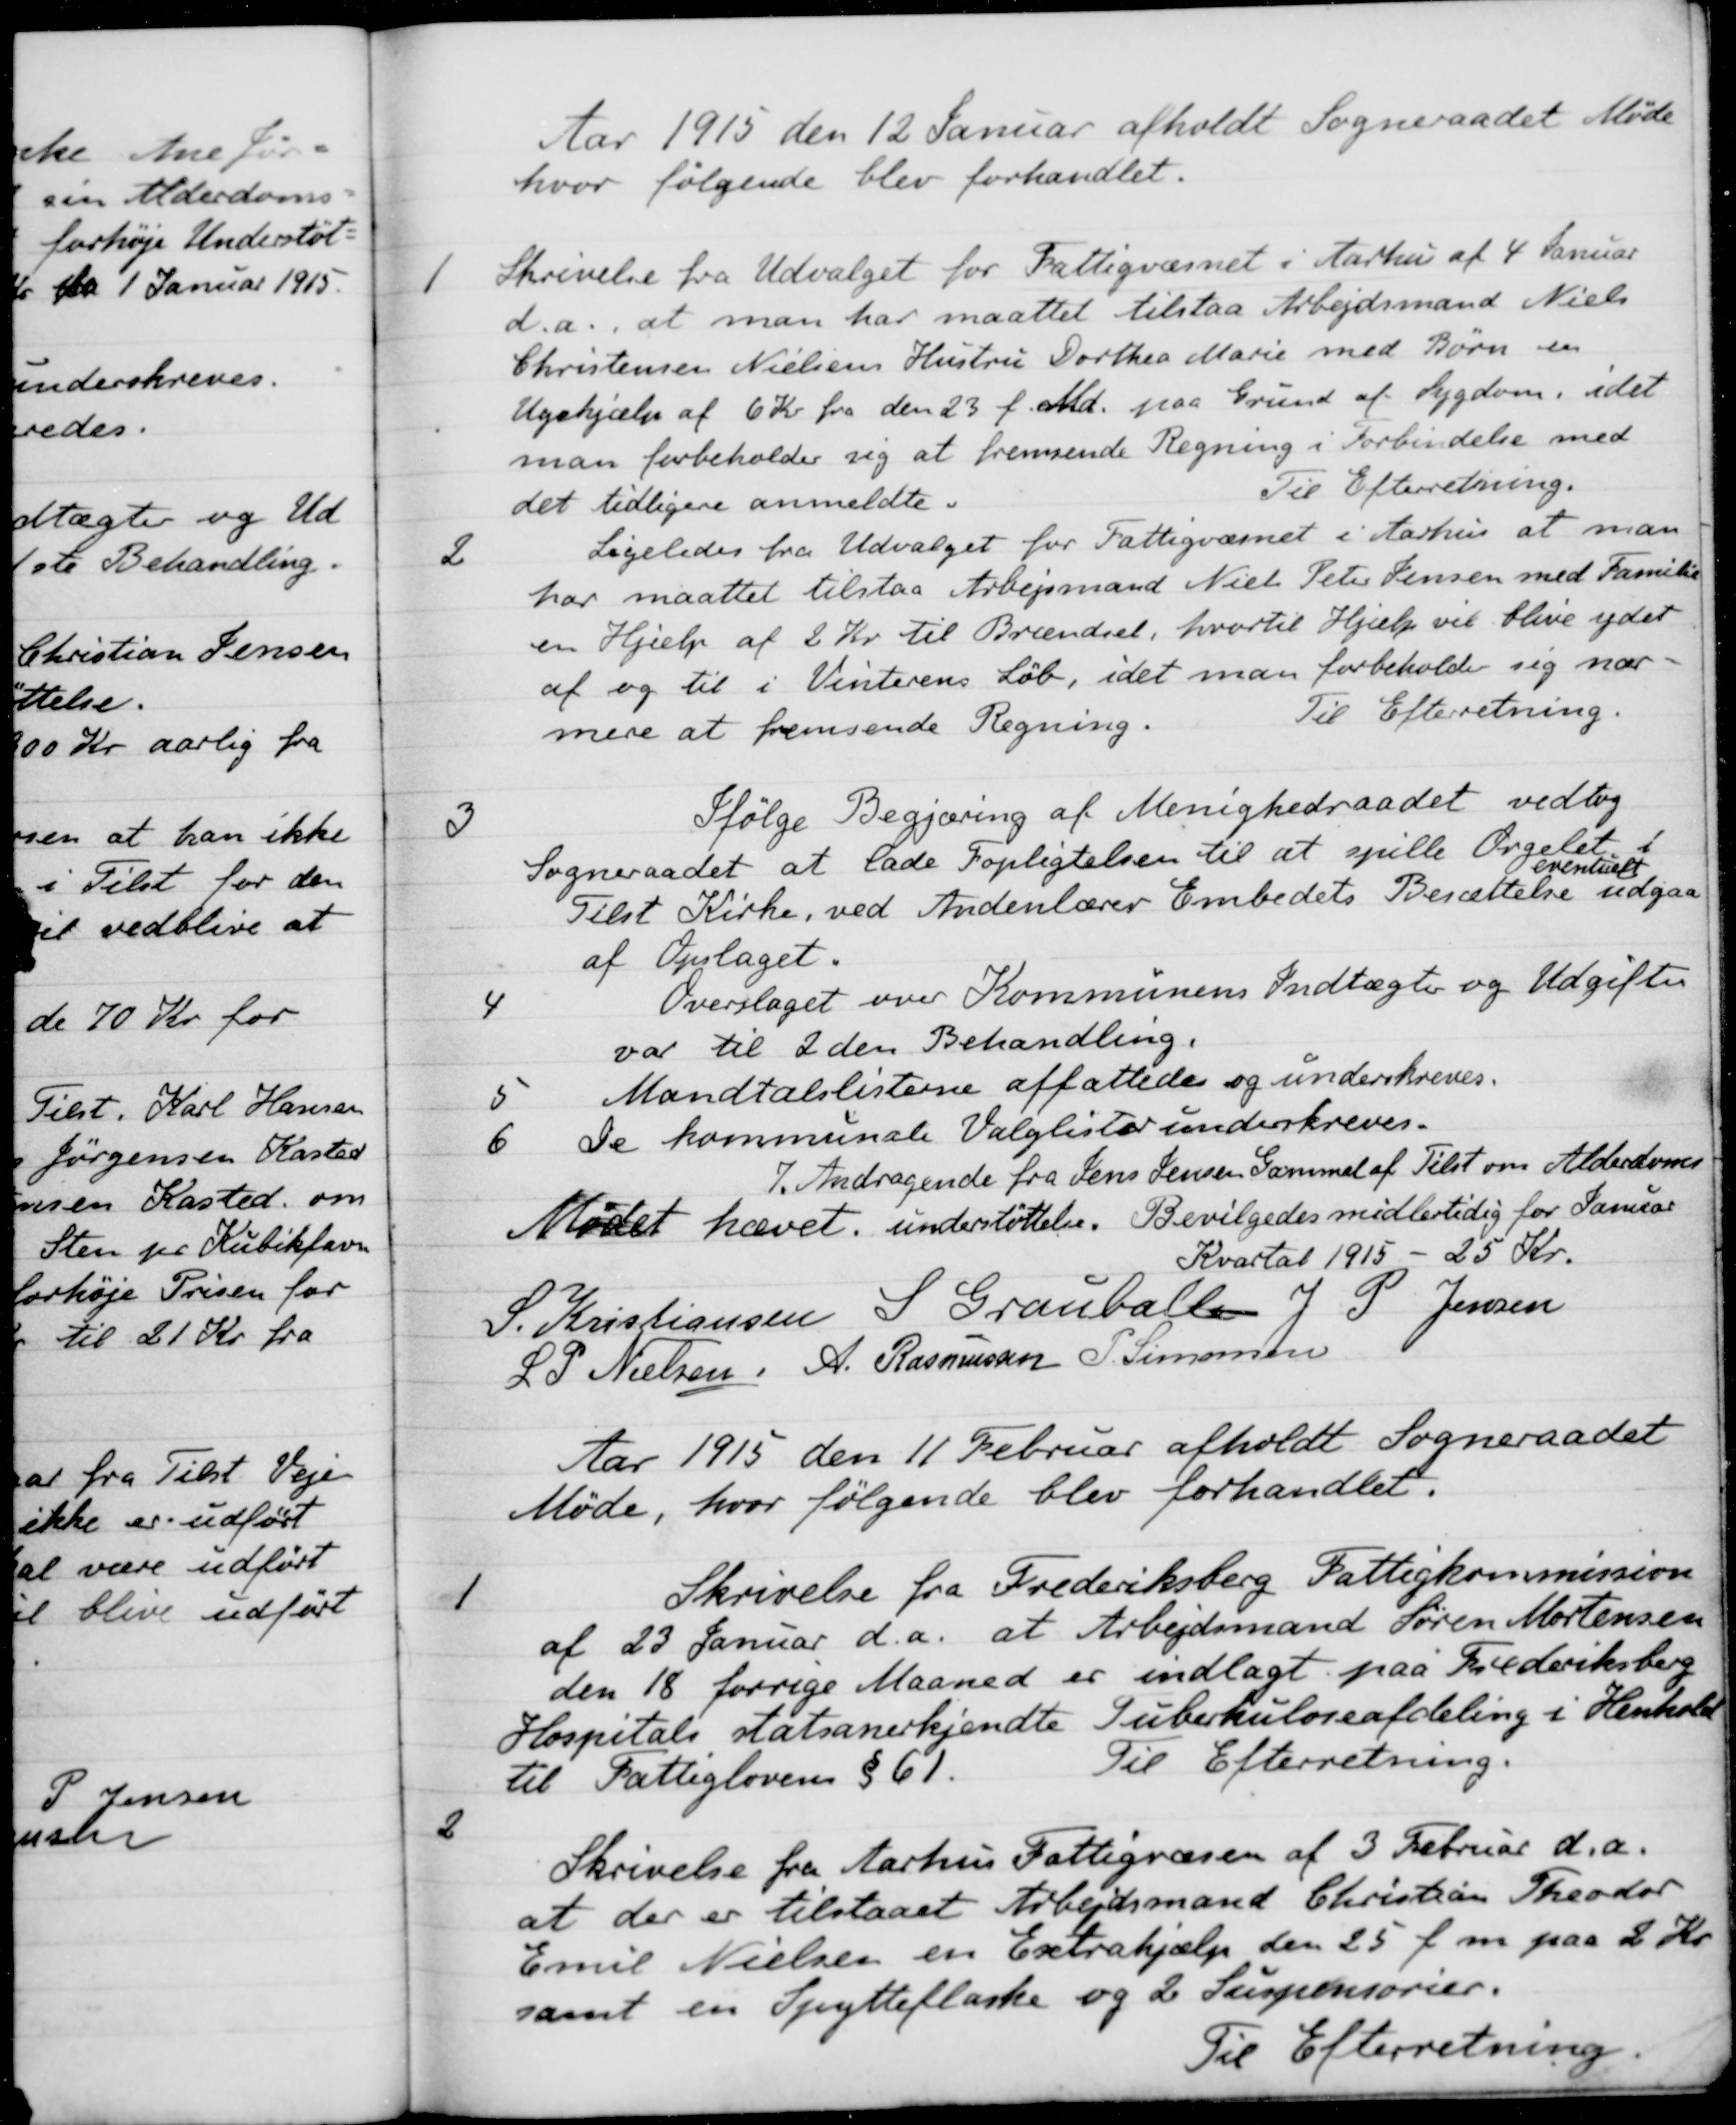
Transskription:
Aar 1915 den 12 Januar afholdt Sogneraadet Møde
hvor følgende blev forhandlet.
1
Skrivelse fra Udvalget for Fattigvæsnet i Aarhus af 4 Januar
d.a., at man har maattet tilstaa Arbejdsmand Niels
Christensen Nielsens Hustru Dorthea Marie med Børn en
Ugehjælp af 6 Kr fra den 23 f. Md. paa Grund af Sygdom, idet
man forbeholder sig at fremsende Regning i Forbindelse med
det tidligere anmeldte.
Til Efterretning.
2
Ligeledes fra Udvalget for Fattigvæsnet i Aarhus at man
har maattet tilstaa Arbejsmand Niels Peter Jensen med Familie
en Hjælp af 2 Kr. til Brændsel, hvortil Hjælp vil blive ydet
af og til i Vinterens Løb, idet man forbeholde sig nær-
mere at fremsende Regning.
Til Efterretning.
3
Ifølge Begjæring af Menighedraadet vedtog
Sogneraadet at lade Fopligtelsen til at spille Orgelet i
Tilst Kirke, ved Andenlærer Embedets Besættelse
eventuelt
udgaa
af Opslaget.
4
Overslaget over Kommunens Indtægter og Udgifter
var til 2den Behandling.
5
Mandtalslisterne affattedes og underskreves.
6
De kommunale Valglister underskreves.
7. Andragende fra Jens Jensen Gammel af Tilst om Alderdoms
understøttelse.
Bevilgedes midlertidig for Januar
Kvartal 1915 - 25 Kr.
Mødet hævet
S. Kristiansen
S. Grauballe
J. P. Jensen
L P. Nielsen
A. Rasmussen
P. Simonsen

Aar 1915 den 11 Februar afholdt Sogneraadet
Møde, hvor følgende blev forhandlet.
1
Skrivelse fra Frederiksberg Fattigkommission
af 23 Januar d.a. at Arbejdsmand Søren Mortensen
den 18 forrige Maaned er indlagt paa Frederiksberg
Hospitals statsanerkjendte Tuberkuloseafdeling i Henhold
til Fattiglovens § 61.
Til Efterretning.
2
Skrivelse fra Aarhus Fattigvæsen af 3 Februar d.a.
at der er tilstaaet Arbejdsmand Christian Theodor
Emil Nielsen en Extrahjælp den 25 f. m. paa 2 Kr.
samt en Spytteflaske og 2 Suspensorier.
Til Efterretning